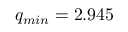
q _ { m i n } = 2 . 9 4 5